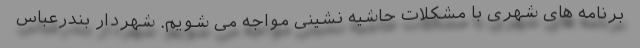
برنامه های شهری با مشکلات حاشیه نشینی مواجه می شویم. شهردار بندرعباس